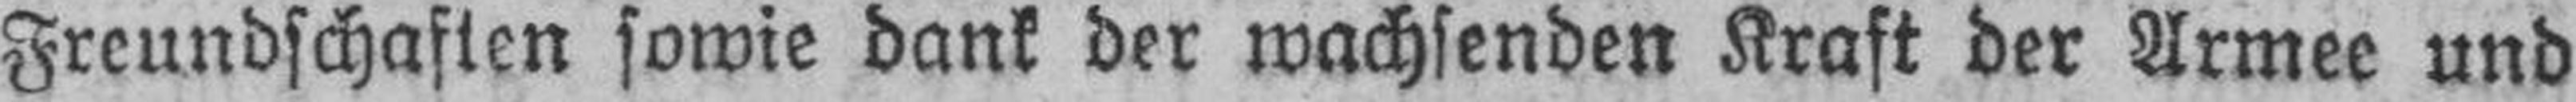
Freundschaften sowie dank der wachsenden Kraft der Armee und